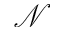
\mathcal { N }